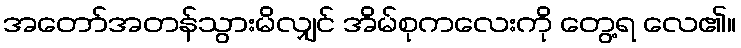
အတော်အတန်သွားမိလျှင် အိမ်စုကလေးကို တွေ့ရ လေ၏။